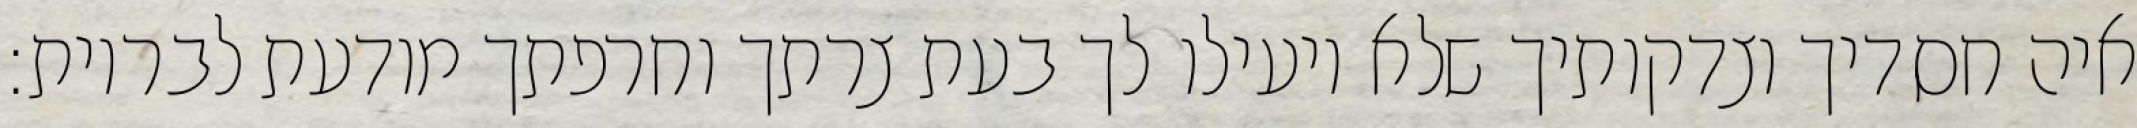
איה חסדיך וצדקותיך שלא יועילו לך בעת צרתך וחרפתך מודעת לבריות: